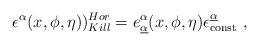
\begin{align*}\epsilon^{\alpha} (x, \phi, \eta))_{Kill}^{Hor} = e^{\alpha} _{\underline{\alpha}}(x, \phi, \eta)\epsilon_{\rm const}^{\underline {\alpha}} \ ,\end{align*}